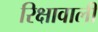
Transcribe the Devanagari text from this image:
रिक्षावाली